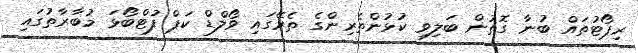
ރިޕޯޓުތައް ބުނާ ގޮތުން ބަލިވި ކުޅުންތެރިންގެ ތެރޭގައި ވޯލްޑް ކަޕް ފުޓްބޯޅަ މުބާރާތުގައި